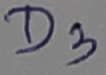
Text: D3